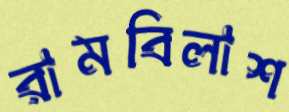
রামবিলাশ